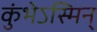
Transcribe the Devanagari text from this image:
कुंभेऽस्मिन्